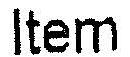
ITEM